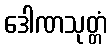
ဒေါဏသုတ္တံ